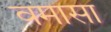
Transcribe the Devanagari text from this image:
वमासा